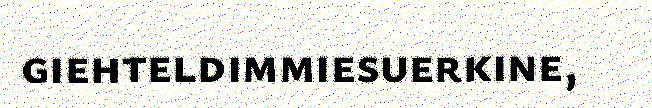
giehteldimmiesuerkine,